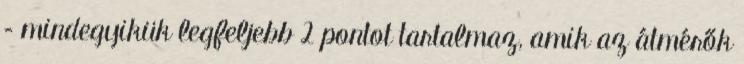
– mindegyikük legfeljebb 2 pontot tartalmaz, amik az átmérők